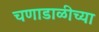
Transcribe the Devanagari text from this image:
चणाडाळीच्या